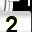
Digit: 2